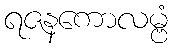
ရဇနကောလမ္ဗံ